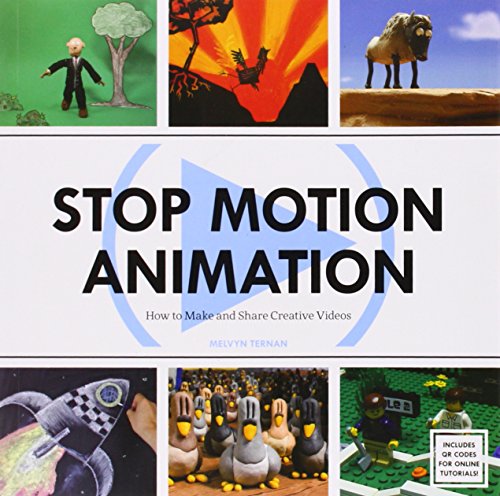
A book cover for Stop Motion Animation: How to Make & Share Creative Videos; Melvyn Ternan; Arts & Photography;